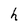
Character: h